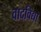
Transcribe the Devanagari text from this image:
वादविद्या